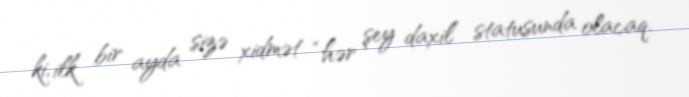
ki, ilk bir ayda sizə xidmət “hər şey daxil” statusunda olacaq.